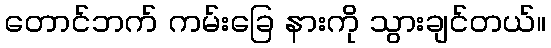
တောင်ဘက် ကမ်းခြေ နားကို သွားချင်တယ်။